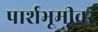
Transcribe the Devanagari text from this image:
पार्शभूमीवर